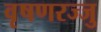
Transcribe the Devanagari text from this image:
वृषणरज्जु